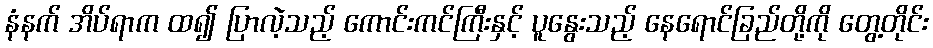
နံနက် အိပ်ရာက ထ၍ ပြာလဲ့သည့် ကောင်းကင်ကြီးနှင့် ပူနွေးသည့် နေရောင်ခြည်တို့ကို တွေ့တိုင်း